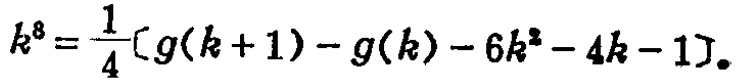
\[k^{8}=\frac{1}{4}[g(k + 1)-g(k)-6k^{2}-4k - 1]\]